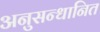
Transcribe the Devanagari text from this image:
अनुसन्‍धानित